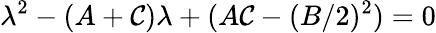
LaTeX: \lambda^{2}-(A+\mathcal{C})\lambda+(A\mathcal{C}-(B/2)^{2})=0